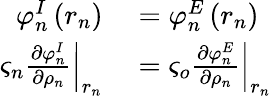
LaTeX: \begin{array}{rl}{\varphi_{n}^{I}\left(r_{n}\right)}&{{}=\varphi_{n}^{E}\left(r_{n}\right)}\\ {\left.\varsigma_{n}\frac{\partial\varphi_{n}^{I}}{\partial\rho_{n}}\right|_{r_{n}}}&{{}=\left.\varsigma_{o}\frac{\partial\varphi_{n}^{E}}{\partial\rho_{n}}\right|_{r_{n}}}\end{array}